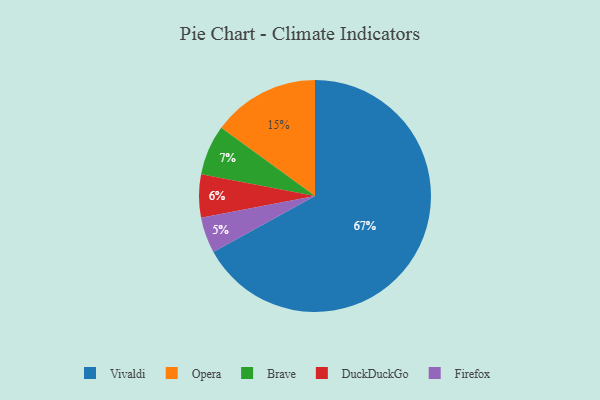
{"axis": {"x": "Category", "y": "Percentage"}, "legend": ["Brave", "DuckDuckGo", "Firefox", "Opera", "Vivaldi"], "data": [{"x": "Brave", "y": 7, "type": "Brave"}, {"x": "Vivaldi", "y": 67, "type": "Vivaldi"}, {"x": "Firefox", "y": 5, "type": "Firefox"}, {"x": "DuckDuckGo", "y": 6, "type": "DuckDuckGo"}, {"x": "Opera", "y": 15, "type": "Opera"}]}